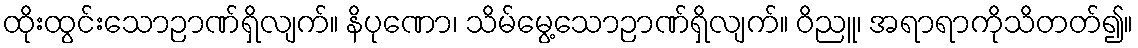
ထိုးထွင်းသောဉာဏ်ရှိလျက်။ နိပုဏော၊ သိမ်မွေ့သောဉာဏ်ရှိလျက်။ ဝိညူ၊ အရာရာကိုသိတတ်၍။